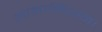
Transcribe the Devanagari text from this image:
नामानिधान।